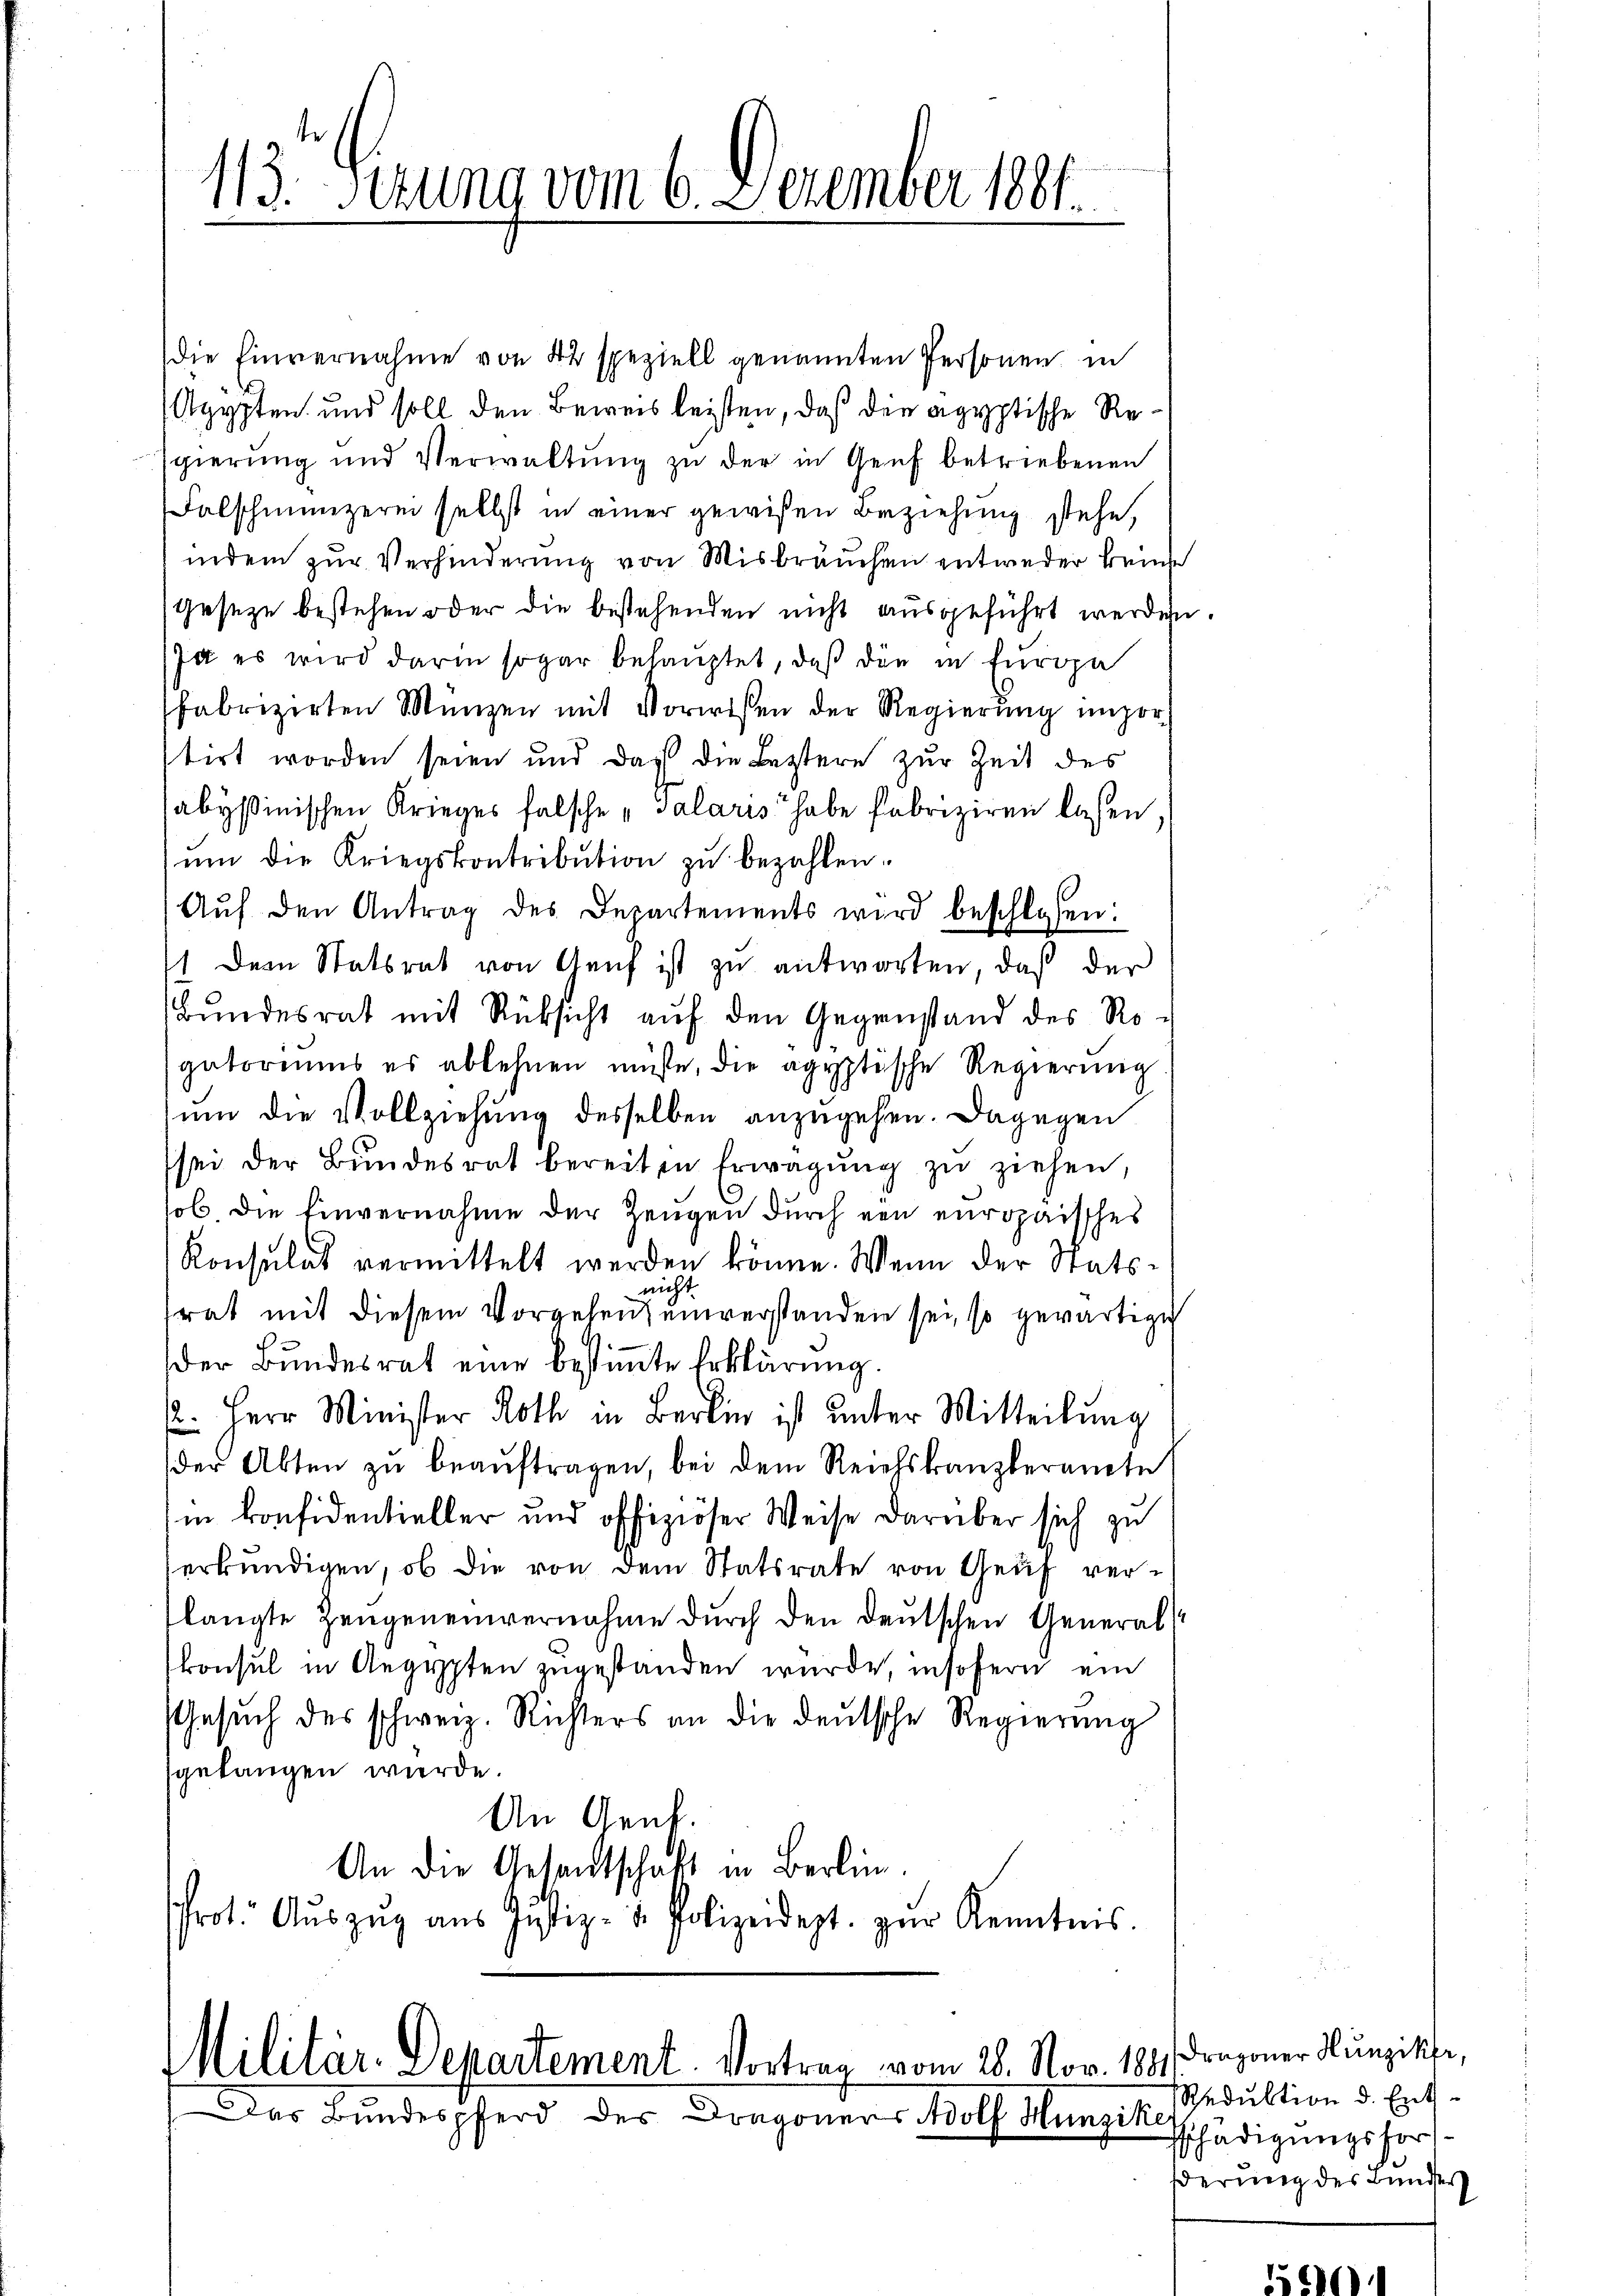
113. Jezung vom 6. December 1881.

die Einvernahme von 42 speziell genannten Personen in
Agypten und soll den Beweis leisten, daß die agyptische Resgierung und Verwaltŭng zu der in Genf betriebenen
Falschmünzerin selbst in einer gewißen Beziehung stehe,
indem zur Verhinderung von Misbrauchen entweder keine
Gesetze bestehen oder die bestehenden nicht ausgeführt werden.
Ja es wird darin sogar behauptet, daß die in Europa
fabrizirten Münzen mit Vorwisen der Regierŭng impor
tirt worden seien und daß die Leztere zur Zeit des
abysinischen Krieges falsche „Salaris habe fabriziren lassen,
ŭm die Kriegskontribution zŭ bezahlen.
Aŭf den Antrag des Departements wird beschlossen:
1 Dem Statsrat von Genf ist zu antworten, daß der
Bundesrat mit Rüksicht auf den Gegenstand des Ro-
gatorens es ablehnen müsse, die ägyptische Regierŭng
um die Vollziehung desselben anzugehen. Dagegen
sei der Bŭndesrat bereiten Erwägŭng zŭ ziehen,
lob die Einvernahme der Zeugen durch ein europaisches
Konsulat vermittelt werden könne. Wenn der Statsnicht
rat mit diesem Vorgeben unverstanden sei, so gewärtige
der Bundesrat eine bestimmte Erklärung
12. Herr Minister Roth in Berlin ist unter Mitteilung
der Akten zŭ beaŭftragen, bei dem Reichskanzleramte
in konfidentieller und offiziöser Weise darüber sich zu
erkŭndigen, ob die von dem Statsrate von Genf ver-
langte Zeugeneinvernahme durch den deutschen General
konsul in Aegypten zugestanden wurde, insofern ein
Gesŭch des schweiz. Richters an die deutsche Regierung
gelangen würde.
An Genf.
An die Gesandtschaft in Berlin.
Prot. Aŭszŭg aŭs Justiz- & Polizeidept. zŭr Kenntnis.

Militär-Departement. Vortrag vom 28. Nov. 1881
Das Bundespferd des Dragoners Adolf Hunzike

Dragoner Hunziker,
Reduktion d. Entschädigungsforsderung des Bunders